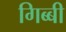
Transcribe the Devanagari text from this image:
गिब्बी